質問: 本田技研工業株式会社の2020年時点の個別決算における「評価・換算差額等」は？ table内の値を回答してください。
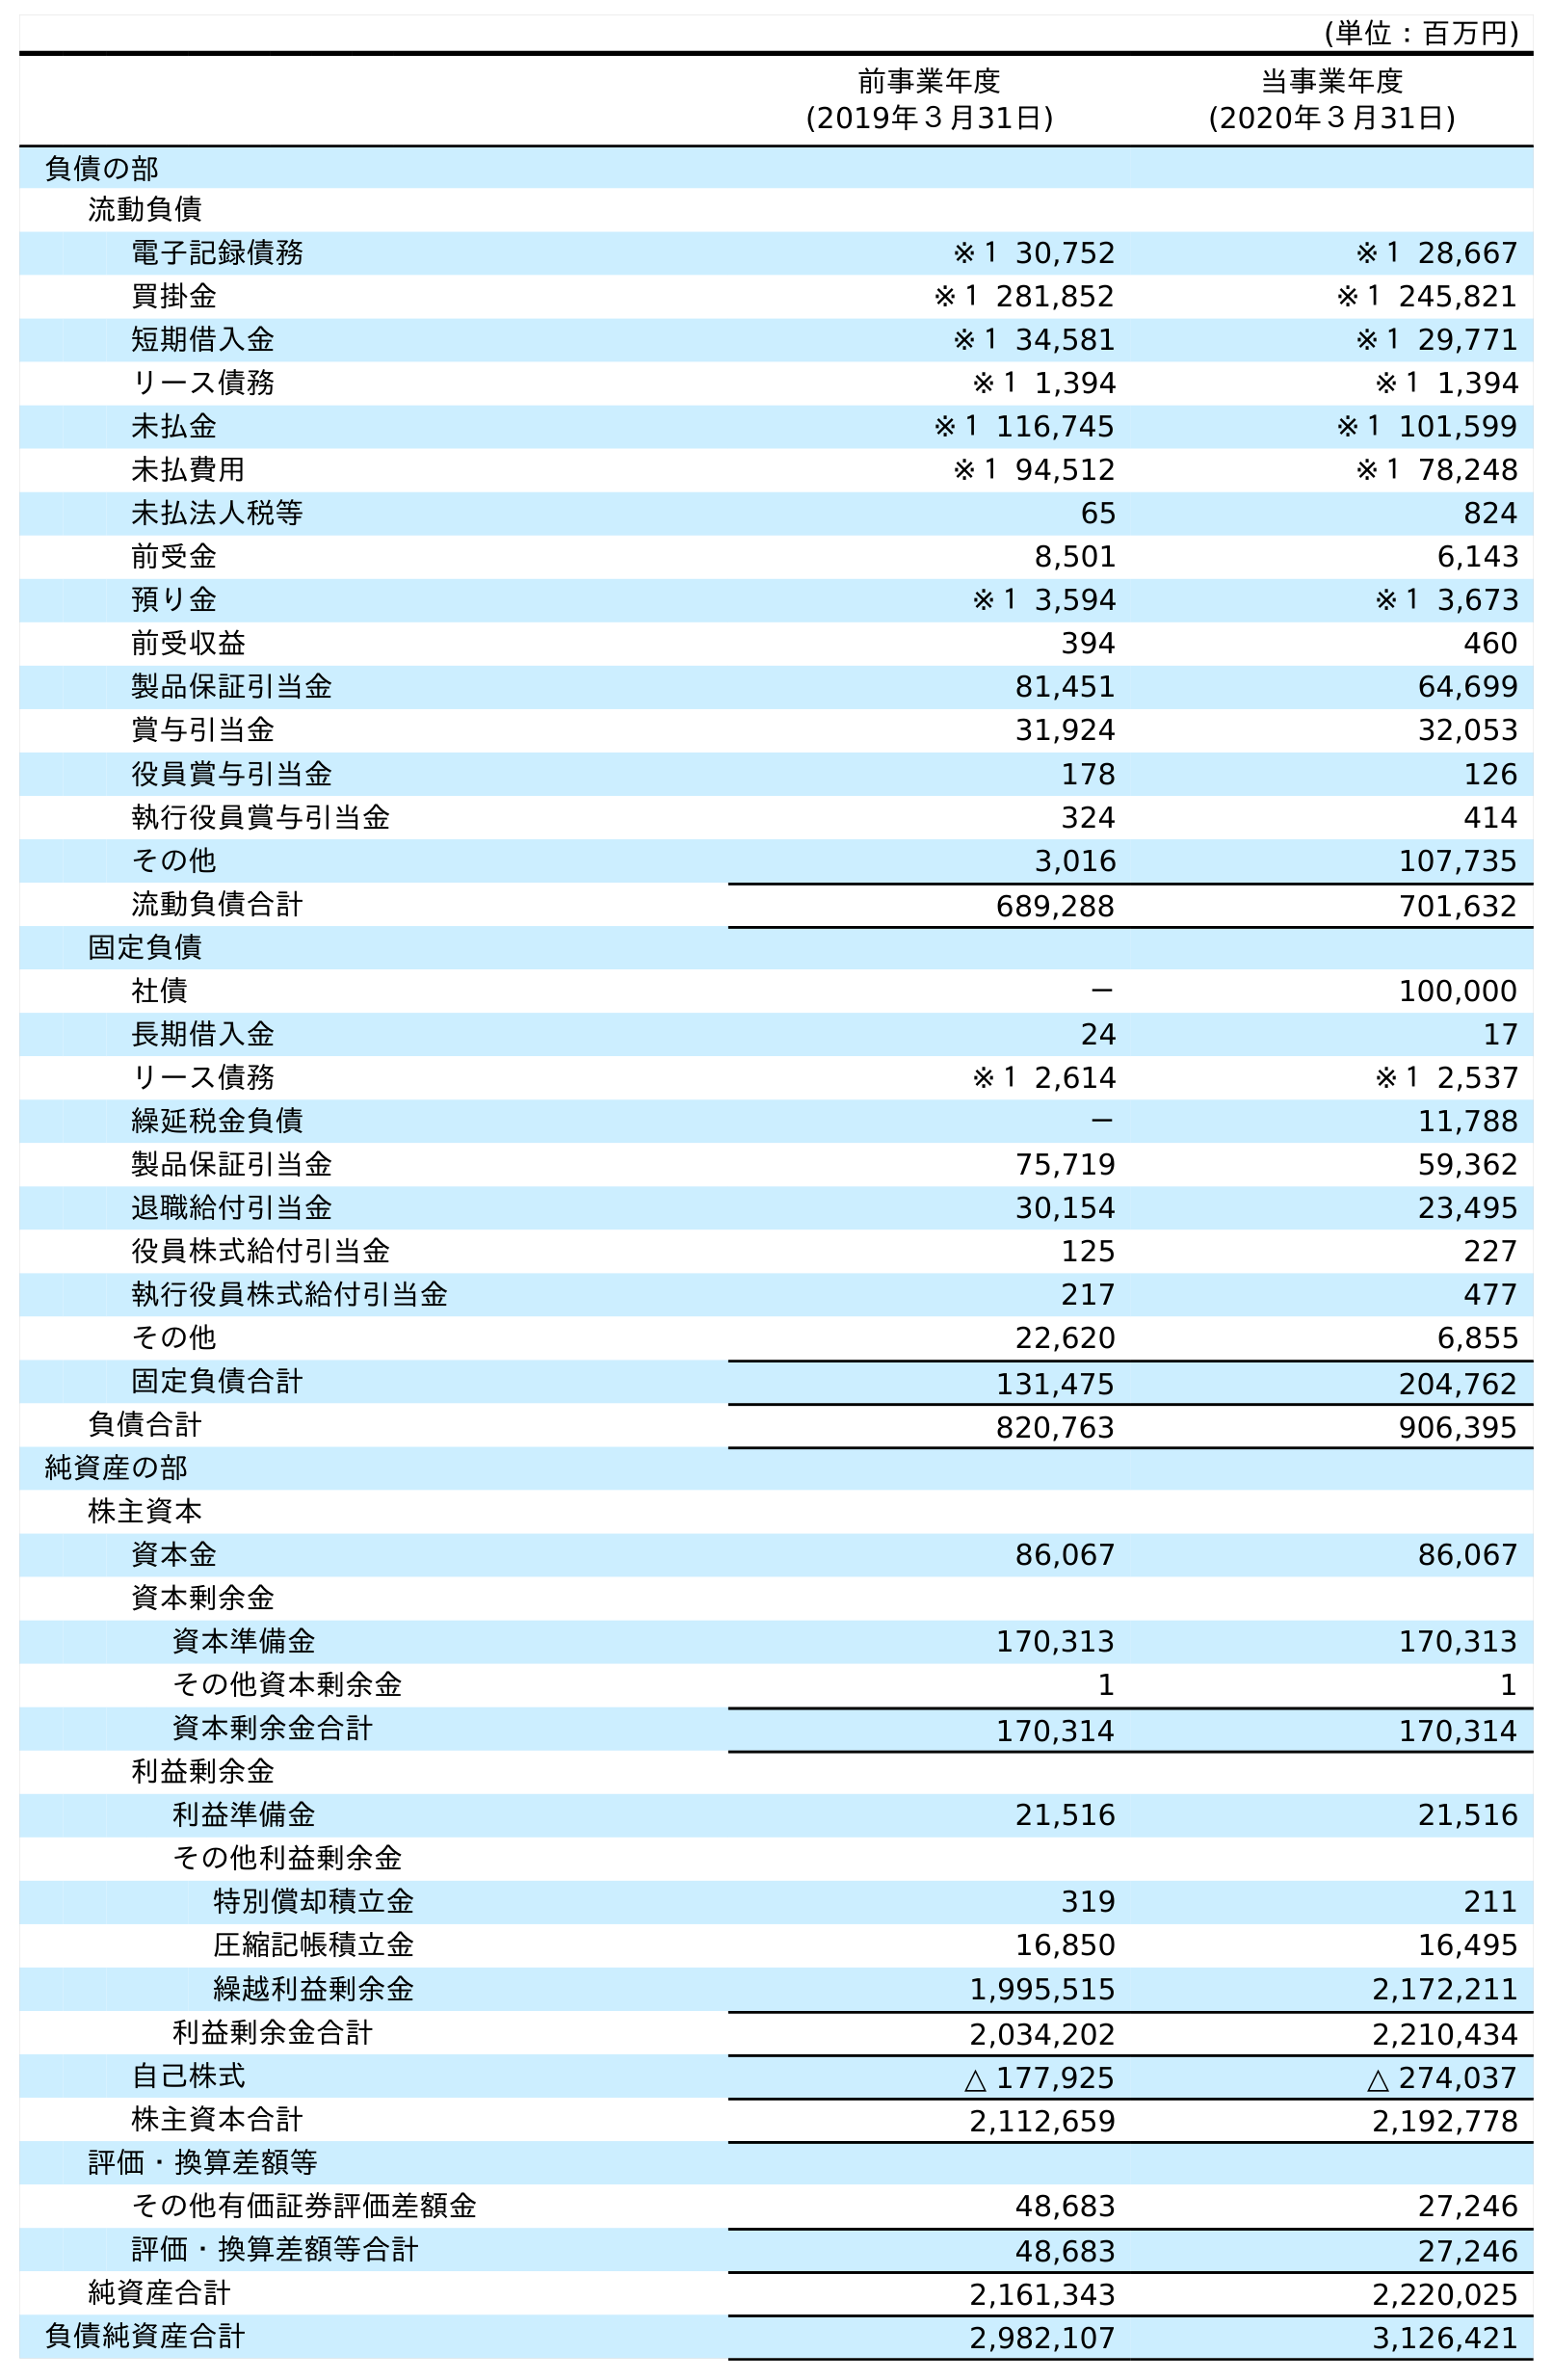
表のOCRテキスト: (単位：百万円) 前事業年度 (2019年３月31日) 当事業年度 (2020年３月31日) 負債の部 流動負債 電子記録債務 ※１ 30,752 ※１ 28,667 買掛金 ※１ 281,852 ※１ 245,821 短期借入金 ※１ 34,581 ※１ 29,771 リース債務 ※１ 1,394 ※１ 1,394 未払金 ※１ 116,745 ※１ 101,599 未払費用 ※１ 94,512 ※１ 78,248 未払法人税等 65 824 前受金 8,501 6,143 預り金 ※１ 3,594 ※１ 3,673 前受収益 394 460 製品保証引当金 81,451 64,699 賞与引当金 31,924 32,053 役員賞与引当金 178 126 執行役員賞与引当金 324 414 その他 3,016 107,735 流動負債合計 689,288 701,632 固定負債 社債 － 100,000 長期借入金 24 17 リース債務 ※１ 2,614 ※１ 2,537 繰延税金負債 － 11,788 製品保証引当金 75,719 59,362 退職給付引当金 30,154 23,495 役員株式給付引当金 125 227 執行役員株式給付引当金 217 477 その他 22,620 6,855 固定負債合計 131,475 204,762 負債合計 820,763 906,395 純資産の部 株主資本 資本金 86,067 86,067 資本剰余金 資本準備金 170,313 170,313 その他資本剰余金 1 1 資本剰余金合計 170,314 170,314 利益剰余金 利益準備金 21,516 21,516 その他利益剰余金 特別償却積立金 319 211 圧縮記帳積立金 16,850 16,495 繰越利益剰余金 1,995,515 2,172,211 利益剰余金合計 2,034,202 2,210,434 自己株式 △ 177,925 △ 274,037 株主資本合計 2,112,659 2,192,778 評価・換算差額等 その他有価証券評価差額金 48,683 27,246 評価・換算差額等合計 48,683 27,246 純資産合計 2,161,343 2,220,025 負債純資産合計 2,982,107 3,126,421
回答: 27,246